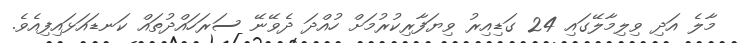
މާލެ އަދި ވިލިމާލޭގައި 24 ގަޑިއިރު ވިޔަފާރިކުރުމަށް ހުއްދަ ދެވޭނޭ ސަރަހައްދުތައް ކަނޑައަޅައިފިއެވެ.